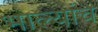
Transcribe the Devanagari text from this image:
भाल्यांचे